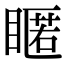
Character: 䁥